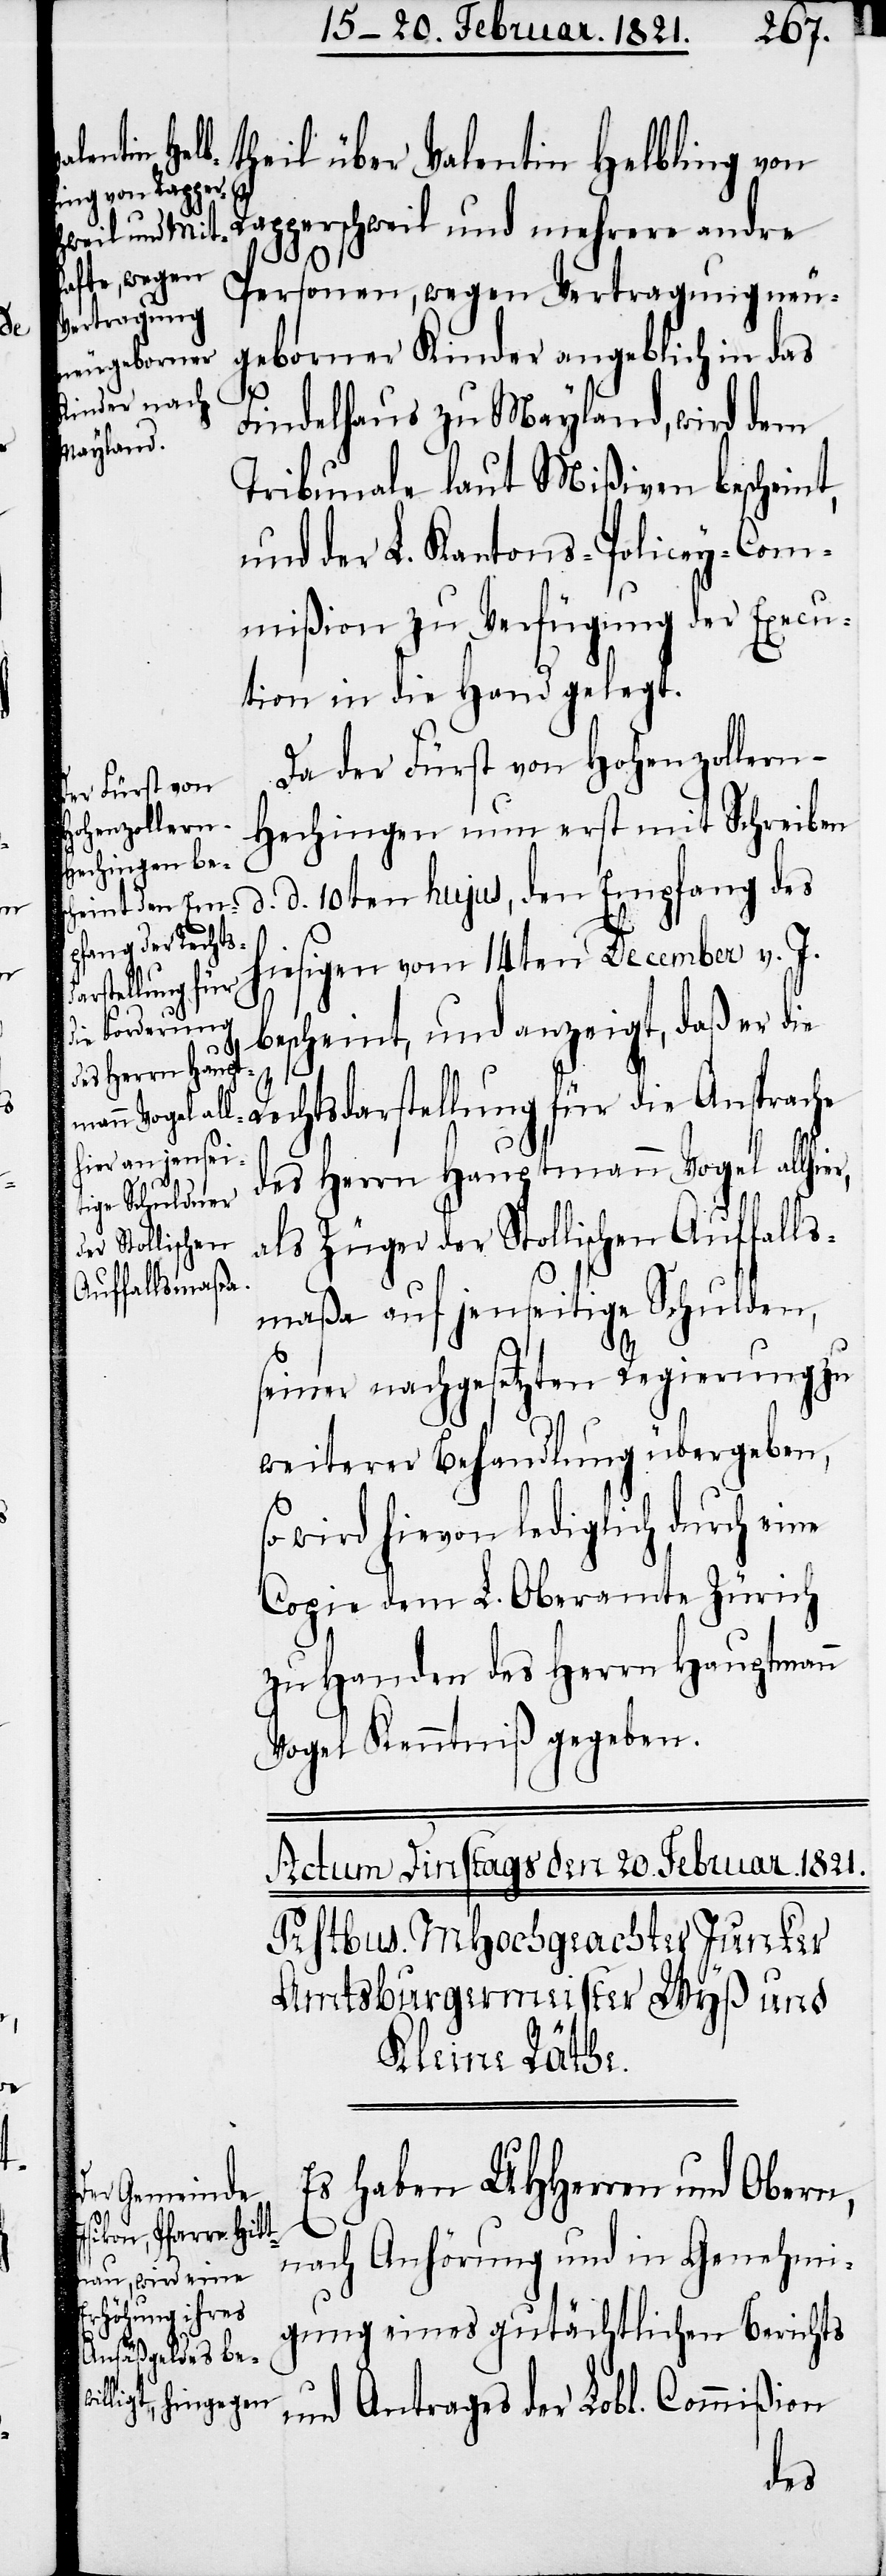
theil über Valentin Helbling von
Rapperschweil und mehrere andre
Personen, wegen Vertragung neu¬
geborner Kinder angeblich in das
Findelhaus zu Mayland, wird dem
Tribunale laut Mißiven bescheint,
und der L. Kantons-Policey-Com¬
mißion zu Verfügung der Execu¬
tion in die Hand gelegt.
Da der Fürst von Hohenzoller¬
n-Hechingen nun erst mit Schreiben
d. d. 10ten hujus, den Empfang des
hiesigen vom 14ten December v. J.
bescheint, und anzeigt, daß er die
Rechtsdarstellung, für die Ansprache
des Herrn Hauptmann Vogel allhier,
als Züger der Stollischen Auffalls¬
maßa auf jenseitige Schulden,
seiner nachgesetzten Regierung zu
weiterer Behandlung übergeben,
wird hievon lediglich durch eine
Copie dem L. Oberamte Zürich
zu Handen des Herrn Hauptmann
Vogel Kenntniß gegeben.
Es haben UHHerren und Obern,
nach Anhörung und in Genehmi¬
gung eines gutächtlichen Berichts
und Antrages der Lobl. Commißion